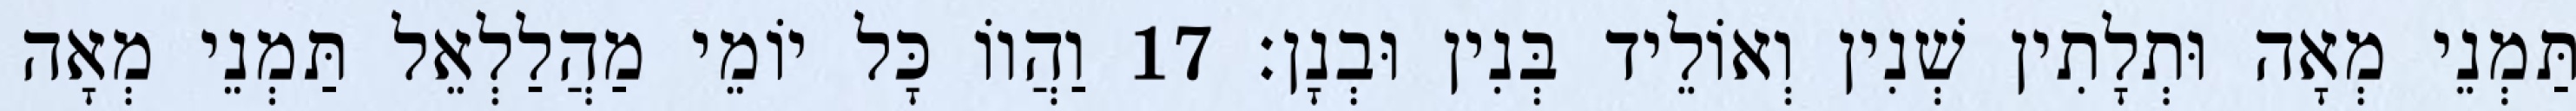
תַּמְנֵי מְאָה וּתְלָתִין שְׁנִין וְאוֹלֵיד בְּנִין וּבְנָן׃ 17 וַהֲווֹ כָּל יוֹמֵי מַהֲלַלְאֵל תַּמְנֵי מְאָה